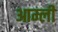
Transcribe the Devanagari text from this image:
आम्ली